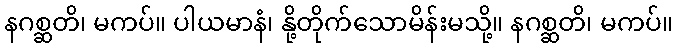
နဂစ္ဆတိ၊ မကပ်။ ပါယမာနံ၊ နို့တိုက်သောမိန်းမသို့။ နဂစ္ဆတိ၊ မကပ်။